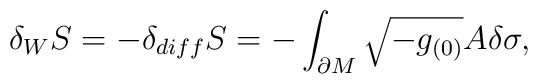
\delta_W S=-\delta_{diff}S=-\int_{\partial M}\sqrt{-g_{(0)}}A\delta\sigma,